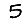
Digit: 5